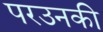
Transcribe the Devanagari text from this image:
परउनकी